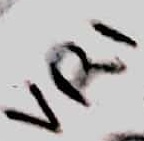
Text: VR1